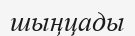
шыңцады